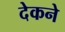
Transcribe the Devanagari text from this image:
देकने